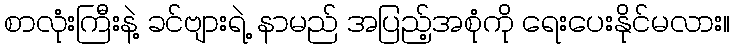
စာလုံးကြီးနဲ့ ခင်ဗျားရဲ့ နာမည် အပြည့်အစုံကို ရေးပေးနိုင်မလား။